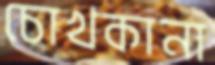
চোখকানা